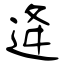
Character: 逄